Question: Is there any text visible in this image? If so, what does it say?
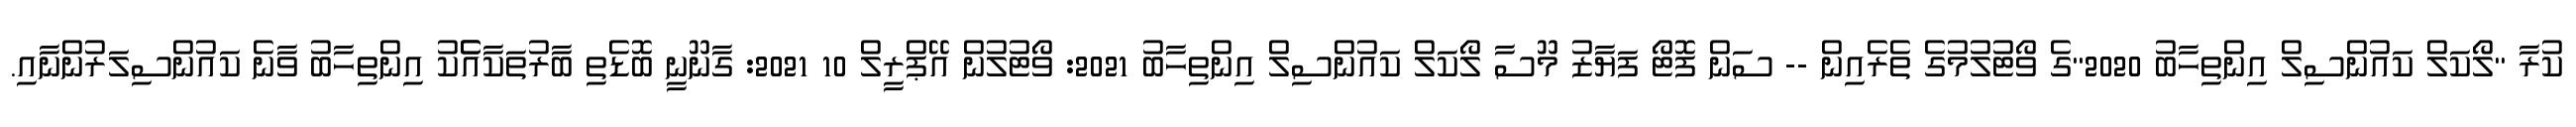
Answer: ކުރާ "ލޯކަލް ކައުންސިލް އިންތިހާބު 2020"ގެ ވޯޓުލުމުގެ ތެރެއިން -- ސަން ފޮޓޯ ފަޔާޒު މޫސާ ލޯކަލް ކައުންސިލް އިންތިހާބު 2021: ވޯޓުލުން އޭޕްރީލް 10 2021: ގާނޫނީ ބޮޑެތި ބާރުތަކާއެެކު އިންތިހާބު ވާނެ ކައުންސިލަރުންނާއި.